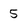
Character: 5